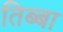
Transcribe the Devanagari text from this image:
तिब्बा